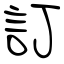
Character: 訂